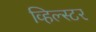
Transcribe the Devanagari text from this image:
व्हिल्स्टर